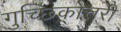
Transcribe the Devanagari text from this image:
गुच्छिकोत्तरी